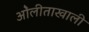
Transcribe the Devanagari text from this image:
ओेलीताखाली